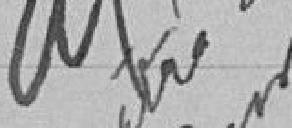
Approuvé Vu pour être annexé à l'arrêté de ce jour.